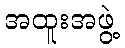
အထူးအဖွဲ့